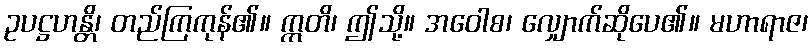
ဥပဋ္ဌဟန္တိ၊ တည်ကြကုန်၏။ ဣတိ၊ ဤသို့။ အဝေါစ၊ လျှောက်ဆိုပေ၏။ မဟာရာဇ၊